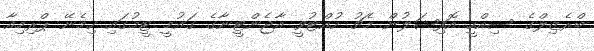
ބްރެޒިލްގެ ސިއްހީ އޮފިޝަލުން މެޗު ހުއްޓުވީ އާޖެންޓީނާގެ ގައުމީ ޓީމުގައި ހިމެނޭ ޕްރިމިއާ